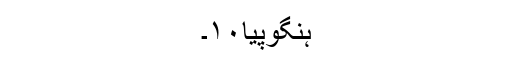
ہنگوپیا۱۰۔